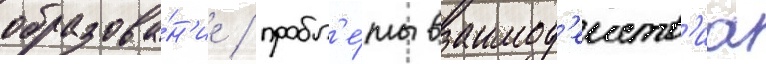
образова́н'ие / пробл'е́мы взаимод'еиств'иа